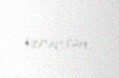
verərsən.